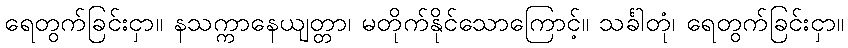
ရေတွက်ခြင်းငှာ။ နသက္ကာနေယျတ္တာ၊ မတိုက်နိုင်သောကြောင့်။ သင်္ခါတုံ၊ ရေတွက်ခြင်းငှာ။